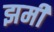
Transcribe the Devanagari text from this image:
झमीं